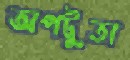
অপটুতা